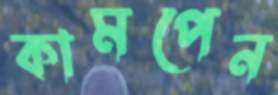
কামপেন